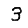
Digit: 3